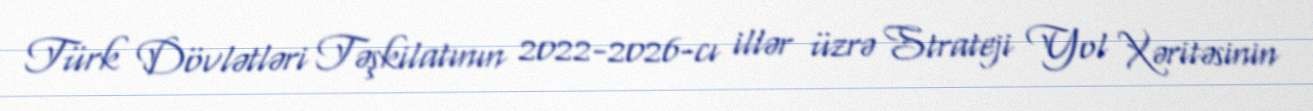
Türk Dövlətləri Təşkilatının 2022-2026-cı illər üzrə Strateji Yol Xəritəsinin